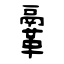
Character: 鞷